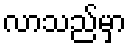
လာသည်မှာ